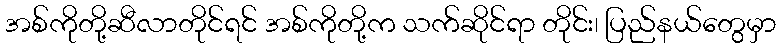
အစ်ကိုတို့ဆီလာတိုင်ရင် အစ်ကိုတို့က သက်ဆိုင်ရာ တိုင်း၊ ပြည်နယ်တွေမှာ